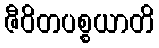
ဇီဝိတပစ္စယာတိ